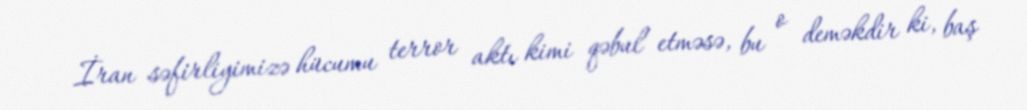
İran səfirliyimizə hücumu terror aktı kimi qəbul etməsə, bu o deməkdir ki, baş